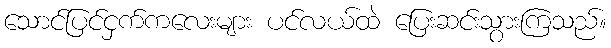
သောင်ပြင်ငှက်ကလေးများ ပင်လယ်ထဲ ပြေးဆင်းသွားကြသည်။